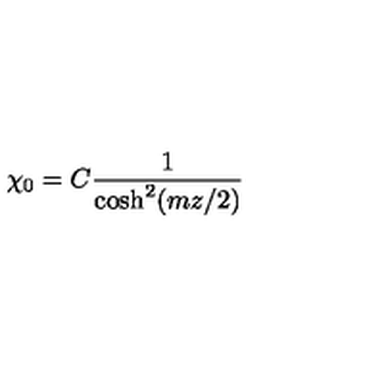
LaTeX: \chi _ { 0 } = C \frac { 1 } { \cosh ^ { 2 } ( m z / 2 ) }